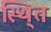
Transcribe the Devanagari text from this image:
स्थि्त